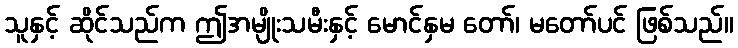
သူနှင့် ဆိုင်သည်က ဤအမျိုးသမီးနှင့် မောင်နှမ တော်၊ မတော်ပင် ဖြစ်သည်။